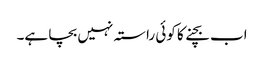
اب بچنے کا کوئی راستہ نہیں بچا ہے۔